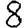
Digit: 8